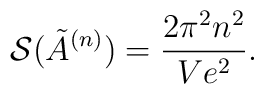
{\cal S}(\tilde{A}^{(n)}) = \frac{2\pi^{2} n^{2}}{Ve^{2}}.